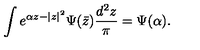
\int e ^ { \alpha z - | z | ^ { 2 } } \Psi ( \bar { z } ) { \frac { d ^ { 2 } z } { \pi } } = \Psi ( \alpha ) .